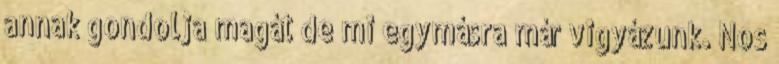
annak gondolja magát de mi egymásra már vigyázunk. Nos